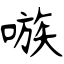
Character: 嗾